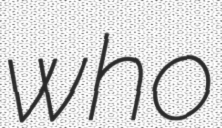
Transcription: who